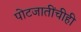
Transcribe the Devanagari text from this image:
पोटजातींचीही